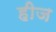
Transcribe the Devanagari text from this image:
हीज